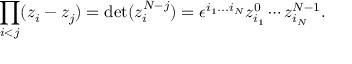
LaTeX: \prod _ { i < j } ( z _ { i } - z _ { j } ) = \mathrm { d e t } ( z _ { i } ^ { N - j } ) = \epsilon ^ { i _ { 1 } . . . i _ { N } } z _ { i _ { 1 } } ^ { 0 } \cdots z _ { i _ { N } } ^ { N - 1 } .